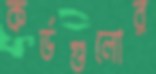
কর্ডগুলোর